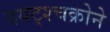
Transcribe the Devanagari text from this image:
दयट्श्चक्रोने